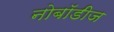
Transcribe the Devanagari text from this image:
नोबॉडीज